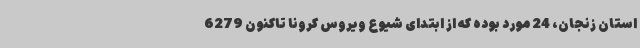
استان زنجان، 24 مورد بوده که از ابتدای شیوع ویروس کرونا تاکنون 6279